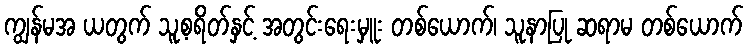
ကျွန်မအ ယတွက် သူ့စရိတ်နှင့် အတွင်းရေးမှူး တစ်ယောက်၊ သူနာပြု ဆရာမ တစ်ယောက်